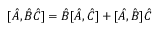
[ \hat { A } , \hat { B } \hat { C } ] = \hat { B } [ \hat { A } , \hat { C } ] + [ \hat { A } , \hat { B } ] \hat { C }